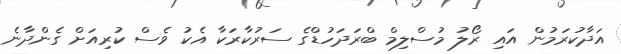
އަދާކުރަމުން އައި ރޯލު މުސްލިމް ބްރަދަހުޑްގެ ސަރުކާރަކާ އެކު ވެސް ކުރިއަށް ގެންދާނެ